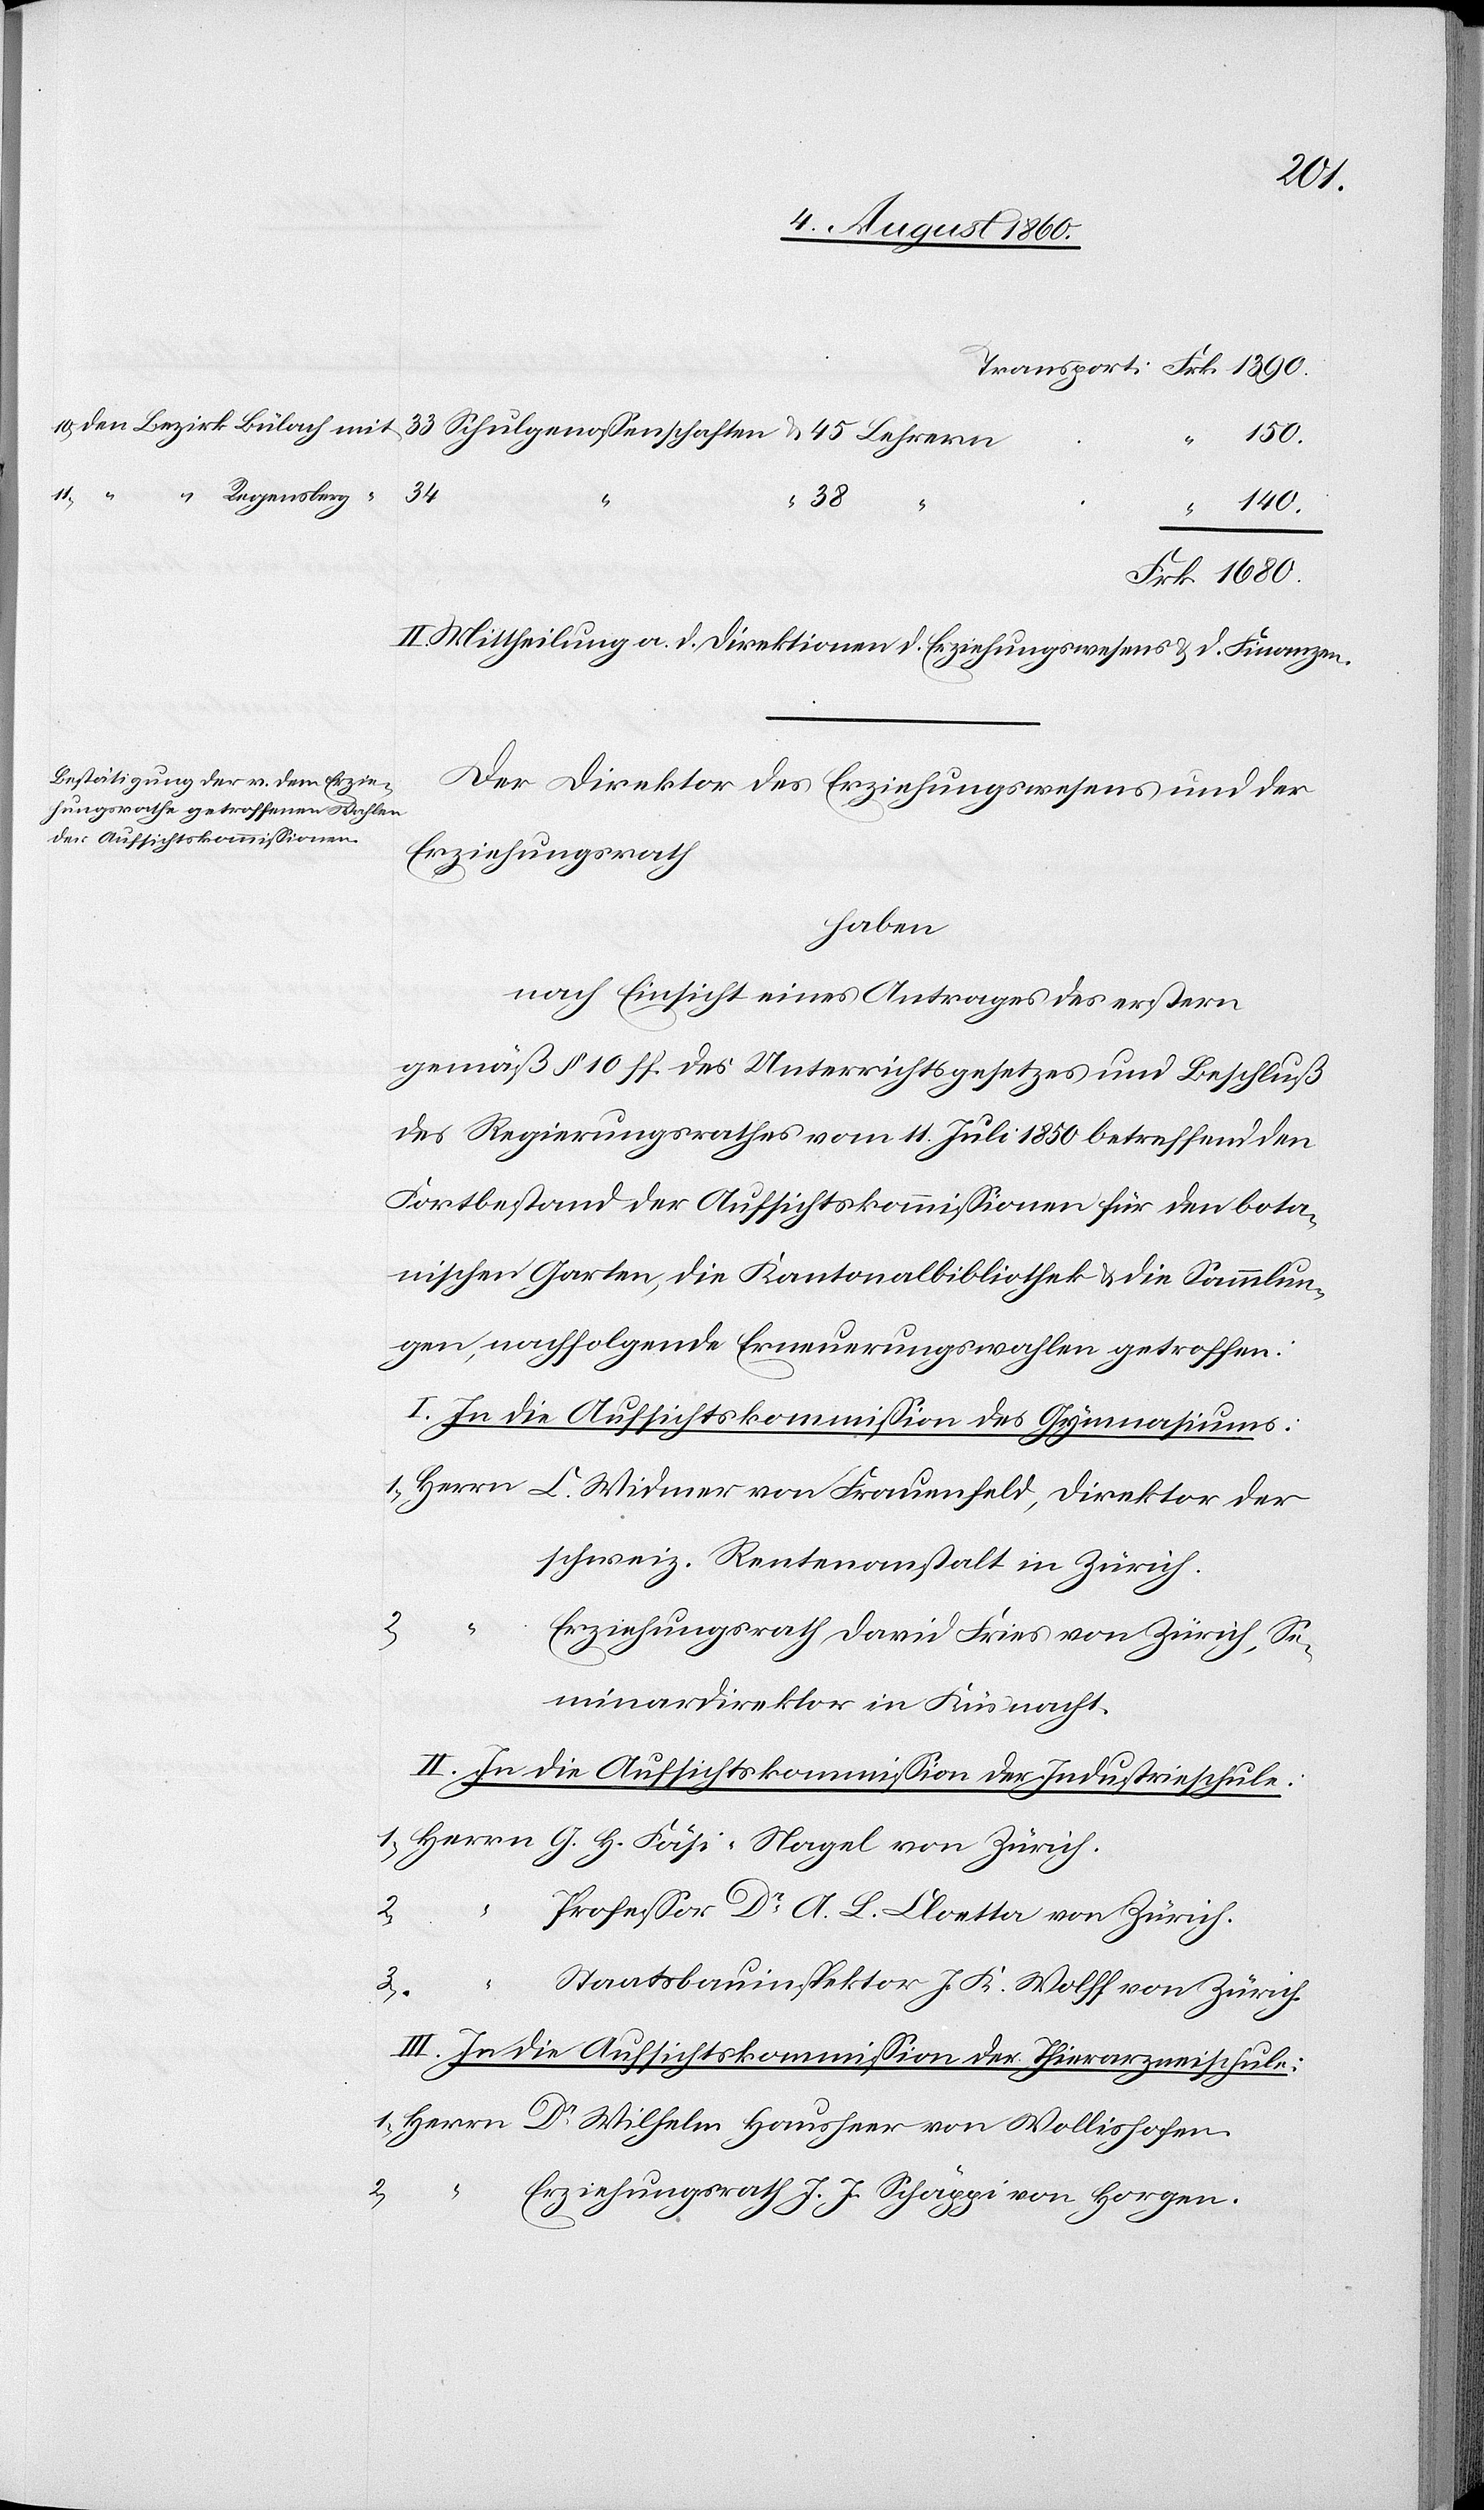
“
“
Regensberg

150.

1680.
34
38
lishofen.
II. Mittheilung an die Direktion des Erziehungswesens u. der Finanzen.
Der Direktor des Erziehungswesens und der
Erziehungsrath
haben
nach Einsicht eines Antrages des erstern
gemäss §. 10. ff. des Unterrichtsgesetzes u. Beschluss
des Regierungsrathes vom 11. Juli 1850 betreffend den
Fortbestand der Aufsichtskommissionen für den bota¬
nischen Garten, die Kantonalbibliothek u. die Sammlun¬
gen nachfolgende Erneuerungswahlen getroffen:
I. In die Aufsichtskommission des Gymnasiums.
schweiz. Rentenanstalt in Zürich.
2.
Erziehungsrath David Fries von Zürich, Se¬
minardirektor in Küsnacht.
II. In die Aufsichtskommission der Industrieschule.
2.
Professor Dr. A. L. Cloetta von Zürich,
1.
Staatsbauinspektor J. K. Wolff in Zürich.
III. In die Aufsichtskommission der Thierarzneischule.
2.
Erziehungsrath J. J. Schäppi von Horgen.